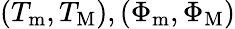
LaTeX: \left(T_{\mathrm{m}},T_{\mathrm{M}}\right),\left(\Phi_{\mathrm{m}},\Phi_{\mathrm{M}}\right)